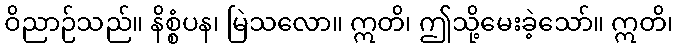
ဝိညာဉ်သည်။ နိစ္စံပန၊ မြဲသလော။ ဣတိ၊ ဤသို့မေးခဲ့သော်။ ဣတိ၊